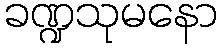
ခဏ္ဍသုမနော